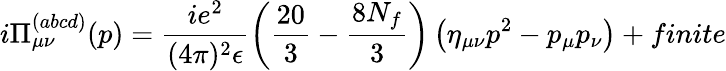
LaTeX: i\Pi_{\mu\nu}^{(abcd)}(p)=\frac{ie^{2}}{(4\pi)^{2}\epsilon}\left(\frac{20}{3}-\frac{8N_{f}}{3}\right)\left(\eta_{\mu\nu}p^{2}-p_{\mu}p_{\nu}\right)+finite